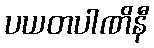
ပယတပါဏိနီ